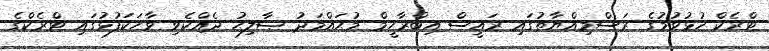
ޓްރެކް ހުޅުވުމުގެ ރަސްމިއްޔާތުގައި ރައީސް އިބްރާހީމް މުޙައްމަދު ޞާލިޙު ދެއްކެވި ވާހަކަފުޅުގައި ޓްރެކްގެ